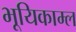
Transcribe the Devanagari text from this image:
भूयिकाम्ल